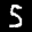
Label: 5